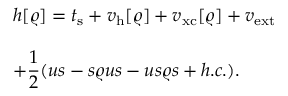
\begin{array} { l } { { \displaystyle h [ \varrho ] = t _ { \mathrm { s } } + v _ { \mathrm { h } } [ \varrho ] + v _ { \mathrm { x c } } [ \varrho ] + v _ { \mathrm { e x t } } } } \\ { ~ ~ } \\ { { \displaystyle + \frac { 1 } { 2 } ( u s - s \varrho u s - u s \varrho s + h . c . ) } . } \end{array}